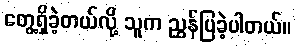
တွေ့ရှိခဲ့တယ်လို့ သူက ညွှန်ပြခဲ့ပါတယ်။